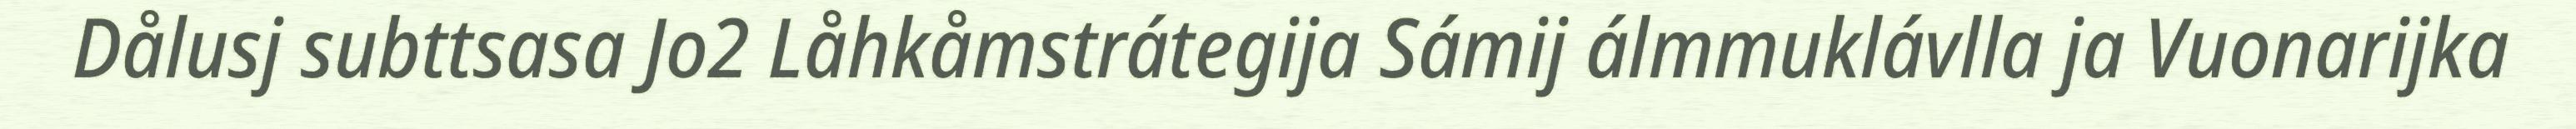
Dålusj subttsasa Jo2 Låhkåmstrátegija Sámij álmmuklávlla ja Vuonarijka